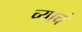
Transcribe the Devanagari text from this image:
च्याचं